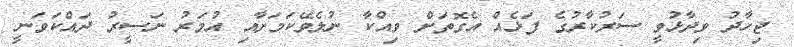
ޖިހާދު ވިދާޅުވީ ސަރުކާރުގެ ފަޅެއް އެގޮތަށް ވިއްކާ ނުލެވޭކަމަށާއި އުމަރު ނަސީރު ދައްކަވަނީ